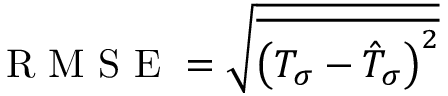
\mathrm { ~ R ~ M ~ S ~ E ~ } = \sqrt { \overline { { { \left( T _ { \sigma } - \hat { T } _ { \sigma } \right) } ^ { 2 } } } }